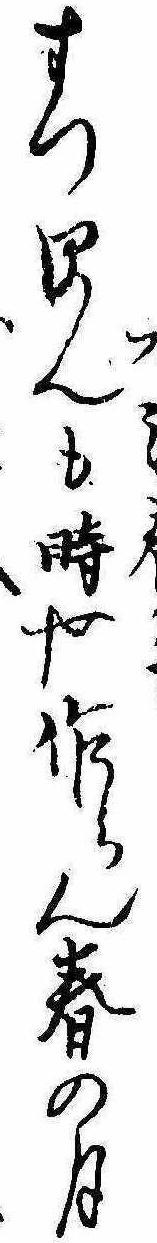
すつほんも時や作らん春の月